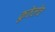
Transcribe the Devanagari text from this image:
कुठेलेच